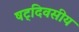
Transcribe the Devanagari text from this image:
षट्‌दिवसीय